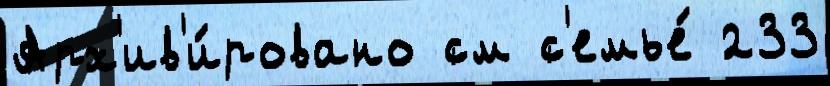
Арх'ив'и́ровано см с'емье́ 233